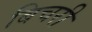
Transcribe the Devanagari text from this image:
बिचरी